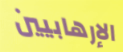
الإرهابيين